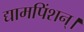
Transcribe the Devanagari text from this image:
द्यामपिंशन्।